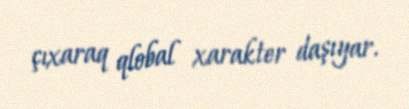
çıxaraq qlobal xarakter daşıyar.